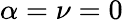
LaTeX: \alpha=\nu=0